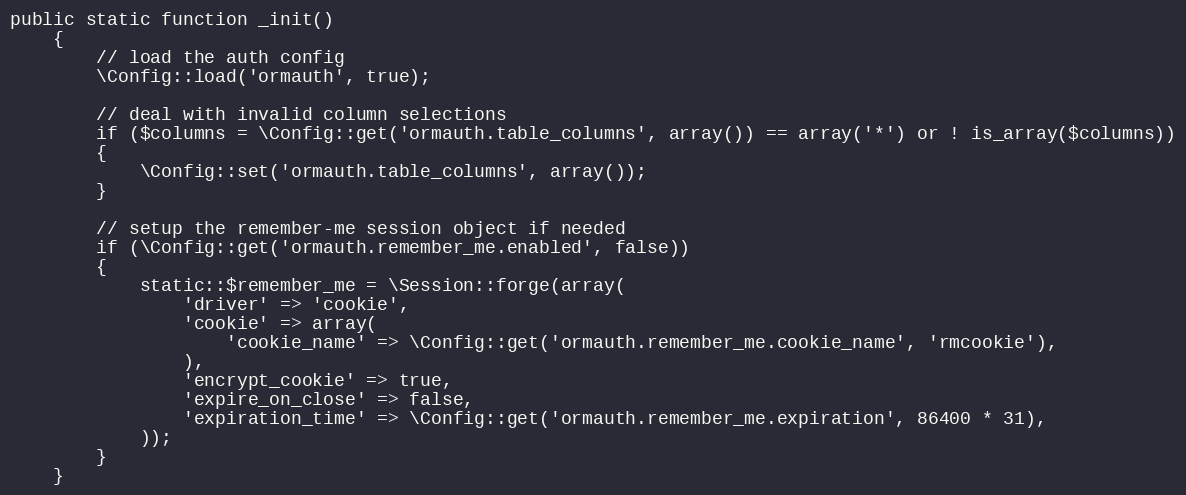
Language: PHP
public static function _init()
	{
		// load the auth config
		\Config::load('ormauth', true);

		// deal with invalid column selections
		if ($columns = \Config::get('ormauth.table_columns', array()) == array('*') or ! is_array($columns))
		{
			\Config::set('ormauth.table_columns', array());
		}

		// setup the remember-me session object if needed
		if (\Config::get('ormauth.remember_me.enabled', false))
		{
			static::$remember_me = \Session::forge(array(
				'driver' => 'cookie',
				'cookie' => array(
					'cookie_name' => \Config::get('ormauth.remember_me.cookie_name', 'rmcookie'),
				),
				'encrypt_cookie' => true,
				'expire_on_close' => false,
				'expiration_time' => \Config::get('ormauth.remember_me.expiration', 86400 * 31),
			));
		}
	}